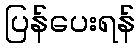
ပြန်ပေးရန်